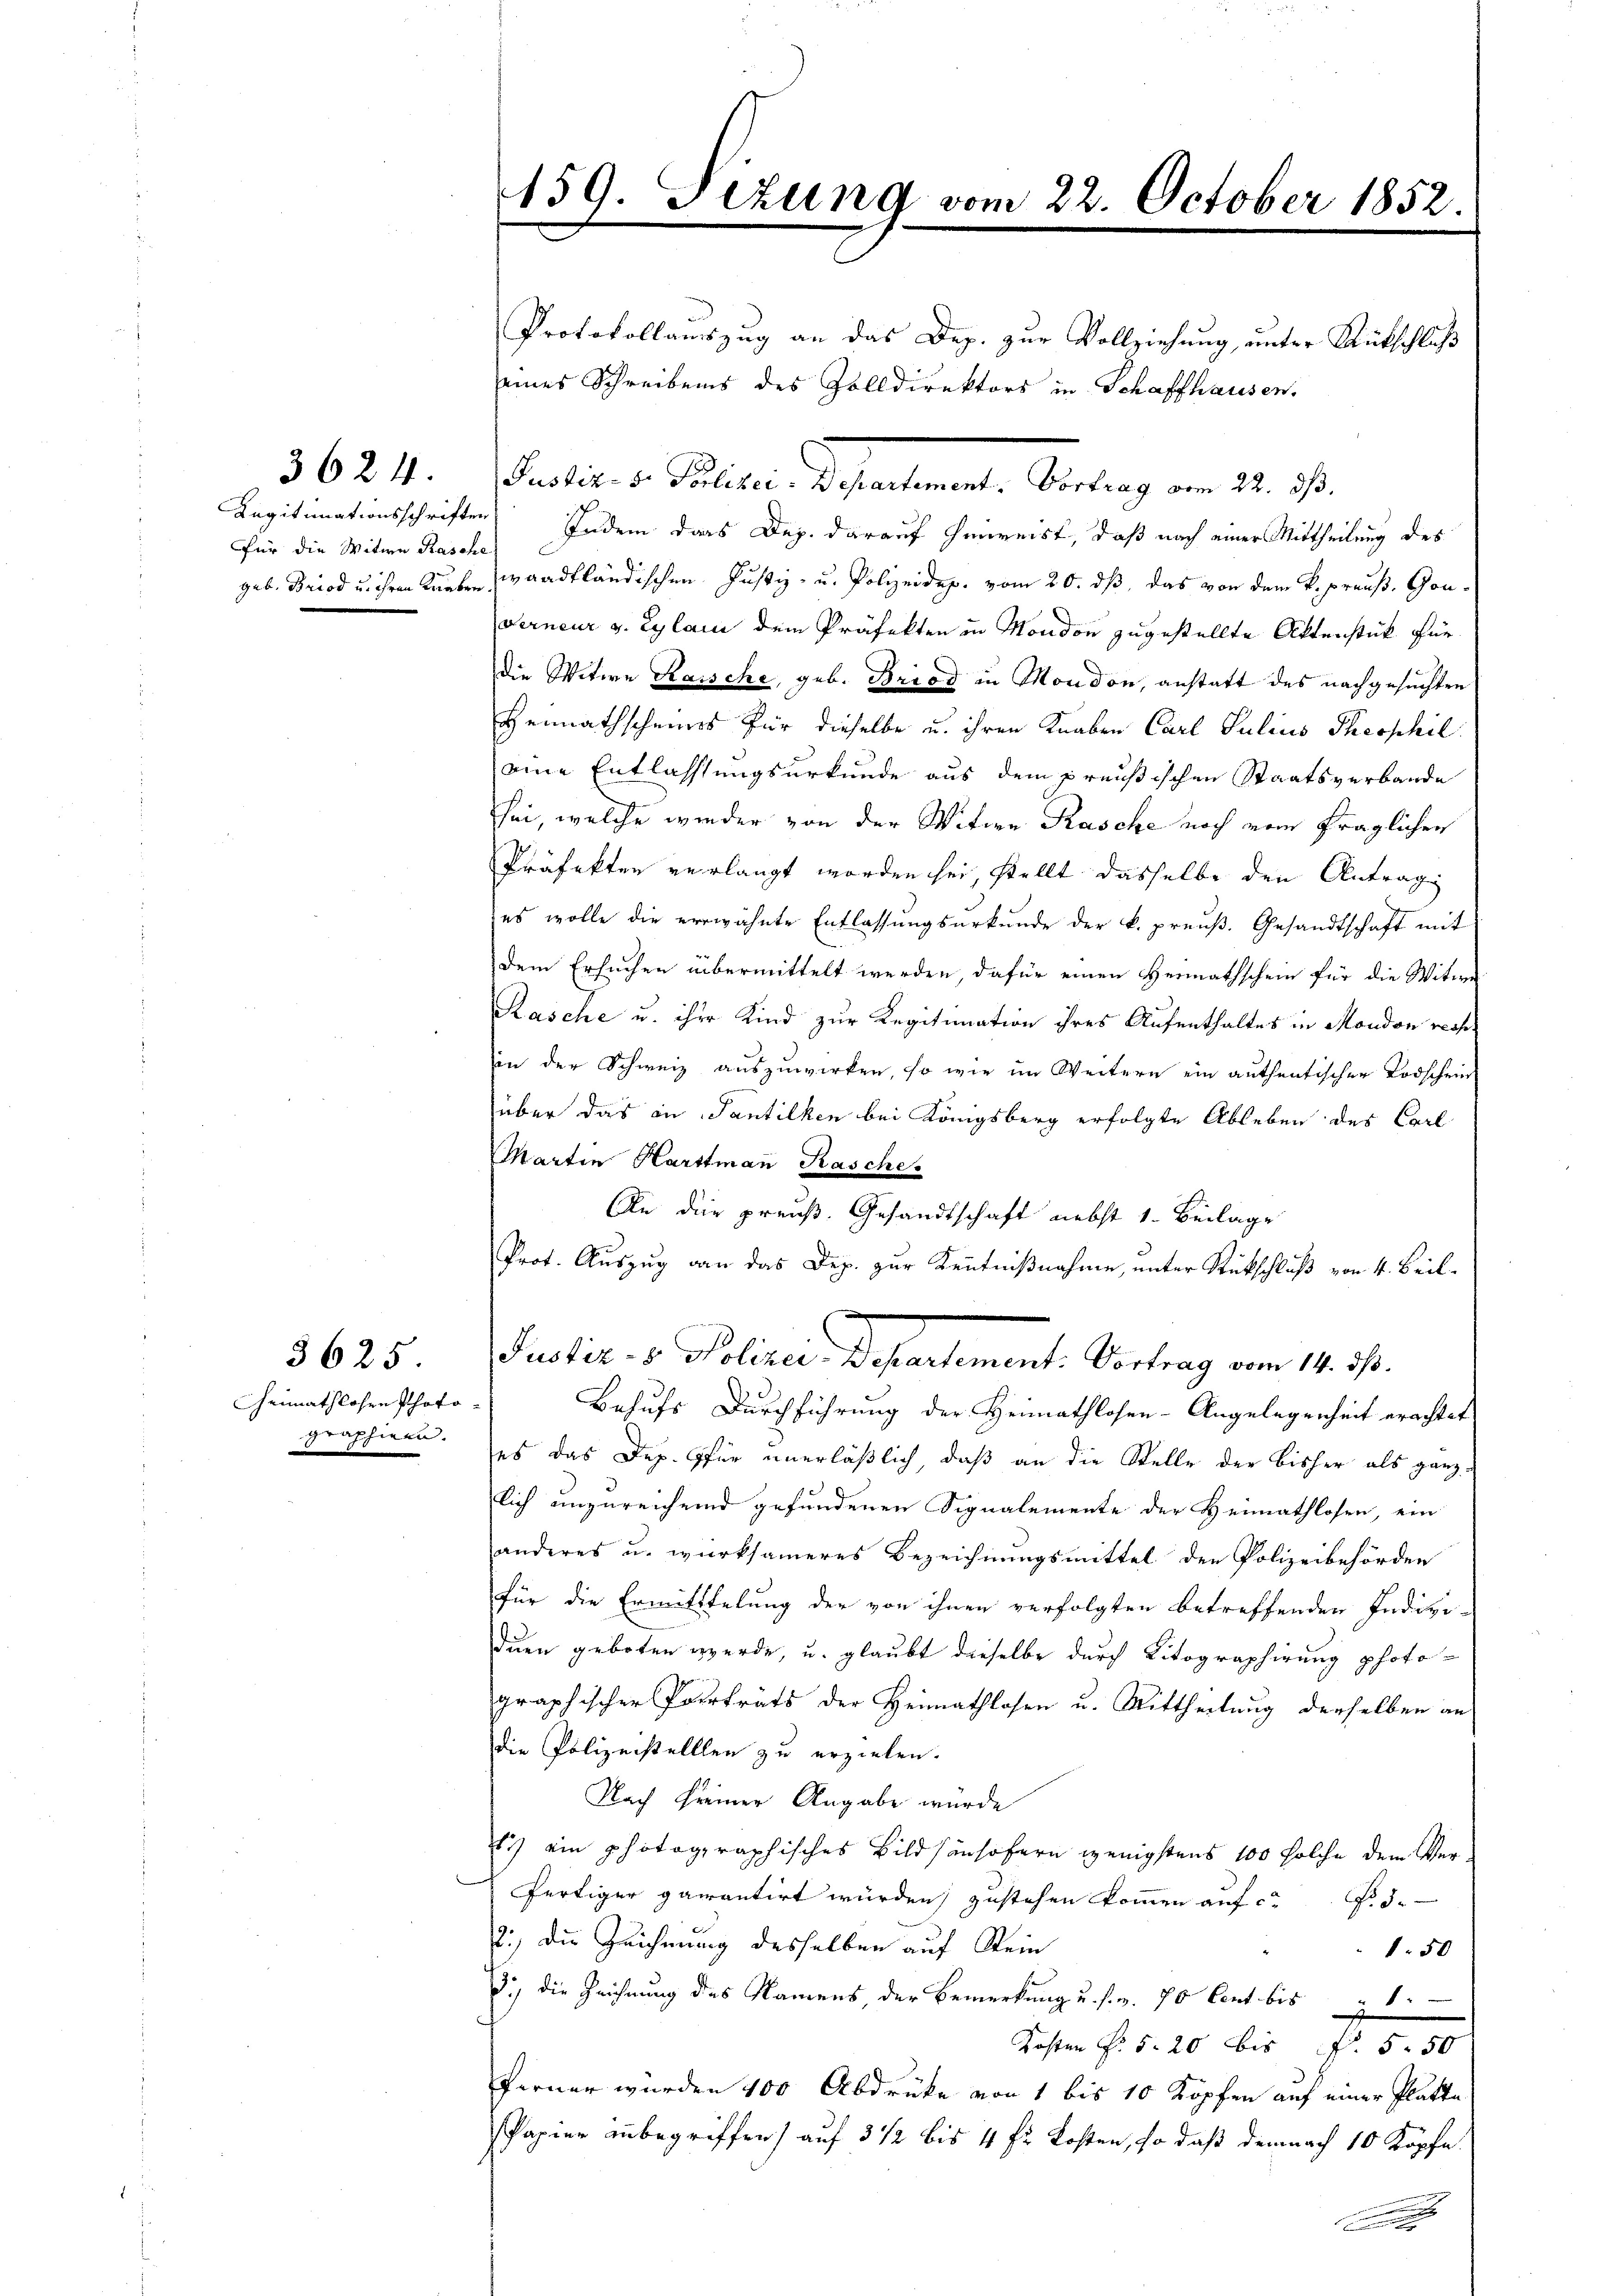
für die Witwe Rasche

3624.

heimathlohre Photographieen.

3625.

159. Sizung vom 22. October 1852.

Protokollauszug an das Dep. zur Vollziehung, unter Rückschluß
Faction Seiter Schnetente Sendung vom 20. J.
Legitimationsschriften Indem das Dep. darauf hinreist, daß nach einer Mittheilung des
geb. Brod u. ihren Knaben waadtländischen Justiz- u. Polizeidep. vom 20. ds, das von dem k. preuß. Gon¬
Ferneur v. Eylai dem Präfekten in Mondon zugestellte Aktenstück für
die Witwe Raische, geb. Briod in Moudon, anstatt des nachgesuchten
Heimathscheines für dieselbe u. ihren Knaben Carl Julius Theophil
eine Entlassungsurkunde aus dem preußischen Staatsverbande
sei, welche wieder von der Witwe Rasche noch vom fraglichen
Präfekten verlangt worden sei, stellt dasselbe den Antrag
es wolle die erwähnte Entlassungsurkunde der k. preuß. Gesandtschaft mit
dem Ersuchen übermittelt werden, dafür einen Heimathschein für die Witwe
Kasche u. ihre Kind zur Regitimation ihres Aufenthaltes in Mondon rech
in der Schweiz auszuwirken, so wie im Weitern ein authentischer Todschein
über das in Santilken bei Königsberg erfolgte Ableben des Carl
Martin Hartmann Kasche
An die preuß. Gesandtschaft nebst 1. Beilage
Prot. Auszug dann das Dep. zur Kenntnißnahme, unter Rückschluß von 4. Beil¬
Justiz- & Polizei Departement: Vortrag vom 14. M.
Behufs Durchführung der Heimathlosen-Angelegenheit erachtet
es das Dep. für unerläßlich, daß an die Stelle der bisher als ganz
lich unzureichend gefundenen Signalemente der Heimathlosen, ein
anderes u. würksameres Bezeichnungsmittel der Polizeibehörden
für die Ermitttelung der von ihnen verfolgten betreffenden Indivi-
duen geboten werde, u. glaubt dieselbe durch Vitographirung photographischer Porträts der Heimathlosen u. Mittheilung derselben an
die Polizeistelllen zu erzielen.
Nach Freiner Angabe würde
1.) ein photographisches Bildsänsofern wenigstens 100 solche dem Ver-
fertiger garantirt würden, zustehen kommen auf ca Fr. 5.
2.) Die Zeichnung desselben auf Stein
150
d.) die Zeichnung des Namens, der Bemerkung u. s. v. 70 Cent bis 1
Listen f. 520 bis Fr. 5. 50
Ferner würden 100 Abdruke von 1 bis 10 Kopfen auf einer Platte
Papier unbegriffen) auf 3 1/2 bis 4 fr Kosten, so daß demnach 10 Köpfe
u

eines Schreibens des Zolldirektors in Schaffhausen.